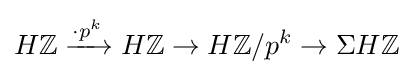
H\mathbb {Z} \xrightarrow {\cdot p^{k}} H\mathbb {Z} \to H\mathbb {Z} /p^{k}\to \Sigma H\mathbb {Z}